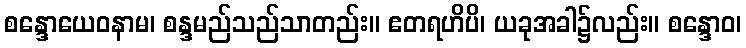
စန္ဒောယေဝနာမ၊ စန္ဒမည်သည်သာတည်း။ ဧတရဟိပိ၊ ယခုအခါ၌လည်း။ စန္ဒောဝ၊